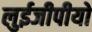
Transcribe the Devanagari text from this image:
लुईजीपीयो